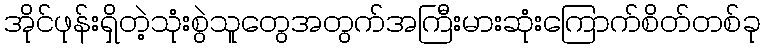
အိုင်ဖုန်းရှိတဲ့သုံးစွဲသူတွေအတွက်အကြီးမားဆုံးကြောက်စိတ်တစ်ခု